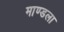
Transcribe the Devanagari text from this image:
माण्डला